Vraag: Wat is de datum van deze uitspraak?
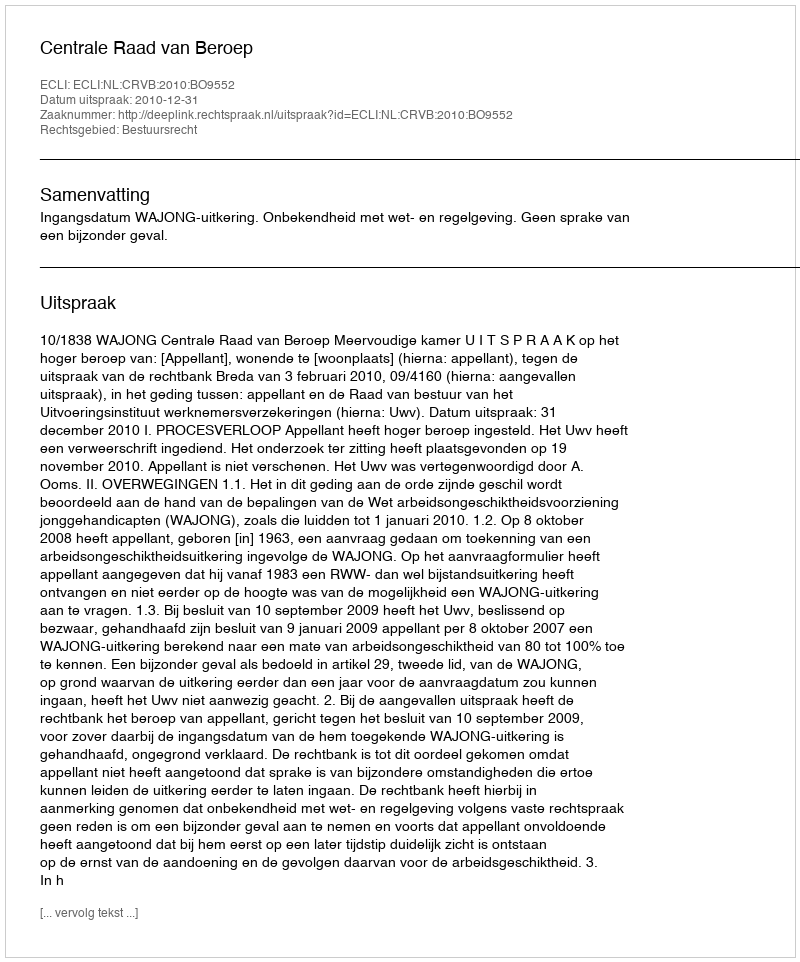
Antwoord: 2010-12-31